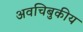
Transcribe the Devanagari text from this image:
अवचिबुकीय